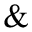
\&